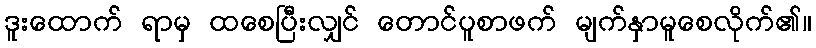
ဒူးထောက် ရာမှ ထစေပြီးလျှင် တောင်ပူစာဖက် မျက်နှာမူစေလိုက်၏။